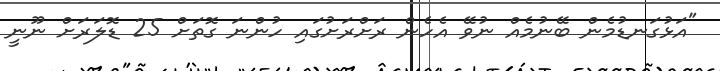
"އަޅުގަނޑުމެން ބޭނުމެއް ނުވޭ އެހެން ރަށްރަށުގައި ހުންނަ ގޮތަށް 25 ޑޮލަރަށް ނޫނީ